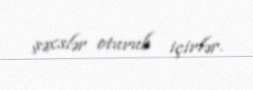
şəxslər oturub içirlər.